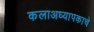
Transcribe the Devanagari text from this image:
कलाअध्यापकाचे